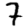
Digit: 7